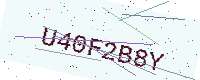
Text: U40F2B8Y